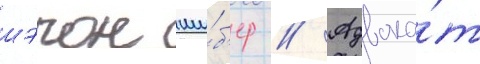
шэрон ши́б'ер // Адвока́т